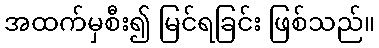
အထက်မှစီး၍ မြင်ရခြင်း ဖြစ်သည်။